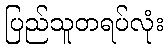
ပြည်သူတရပ်လုံး